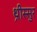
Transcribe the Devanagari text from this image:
थ्रीस्सुर